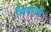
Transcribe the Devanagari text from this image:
मियांची